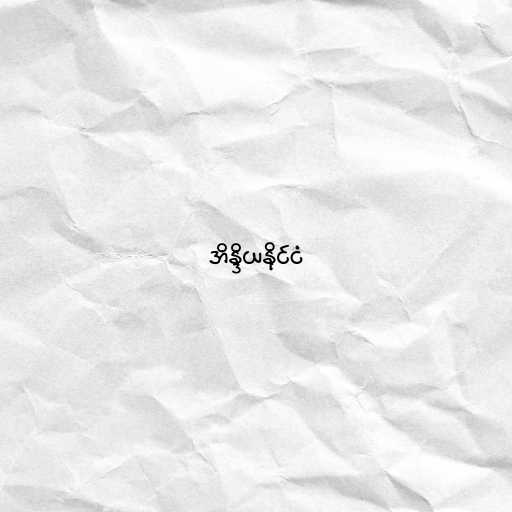
အိန္ဒိယနိုင်ငံ